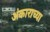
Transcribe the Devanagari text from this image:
अंकाराच्या